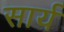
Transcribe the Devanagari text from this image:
सार्य